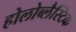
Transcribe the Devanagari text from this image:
होलोब्लैस्टिक